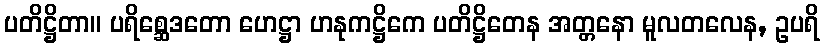
ပတိဋ္ဌိတာ။ ပရိစ္ဆေဒတော ဟေဋ္ဌာ ဟနုကဋ္ဌိကေ ပတိဋ္ဌိတေန အတ္တနော မူလတလေန, ဥပရိ